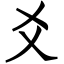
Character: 爻